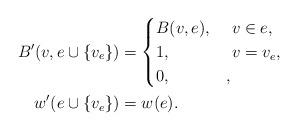
LaTeX: \begin{align*}B'(v,e\cup\{v_e\}) & =\begin{cases}B(v,e), & \ v\in e,\\1, & \ v=v_e,\\0, & ,\end{cases}\\w'(e\cup\{v_e\}) & =w(e). \end{align*}